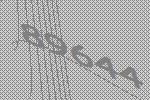
89644